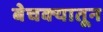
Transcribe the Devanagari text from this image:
बेचक्‍यातून